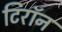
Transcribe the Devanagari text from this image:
टिरॉन